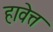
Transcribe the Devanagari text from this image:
हावेत्त